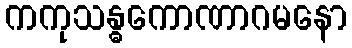
ကကုသန္ဓကောဏာဂမနော